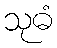
သုဓံ